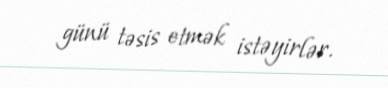
günü təsis etmək istəyirlər.